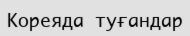
Кореяда туғандар